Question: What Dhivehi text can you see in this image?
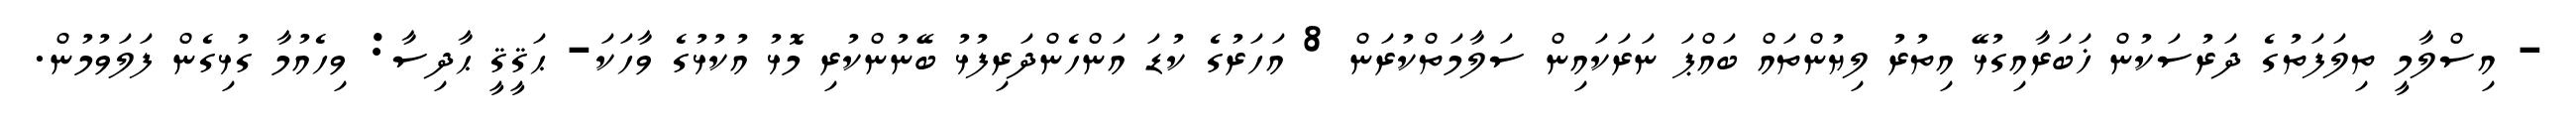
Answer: - އިސްލާމީ ތިލަފަތުގެ ދަރުސަކުން ޚަބަރާއިގުޅޭ އިތުރު ލިޔުންތައް ބައްޕަ ނަރަކައިން ސަލާމަތްކުރަން 8 އަހަރުގެ ކުޑަ އަންހެންދަރިފުޅު ބޭނުންކުރި މޮޅު އުކުޅުގެ ވާހަކަ- ޙަޤީޤީ ޙާދިސާ: ވިހެއުމާ ގުޅިގެން ފަލަވުމުން.